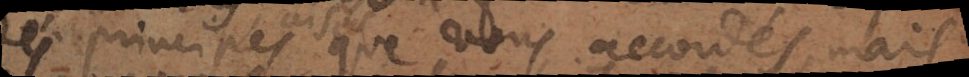
des principes aisés que vous accordés, mais